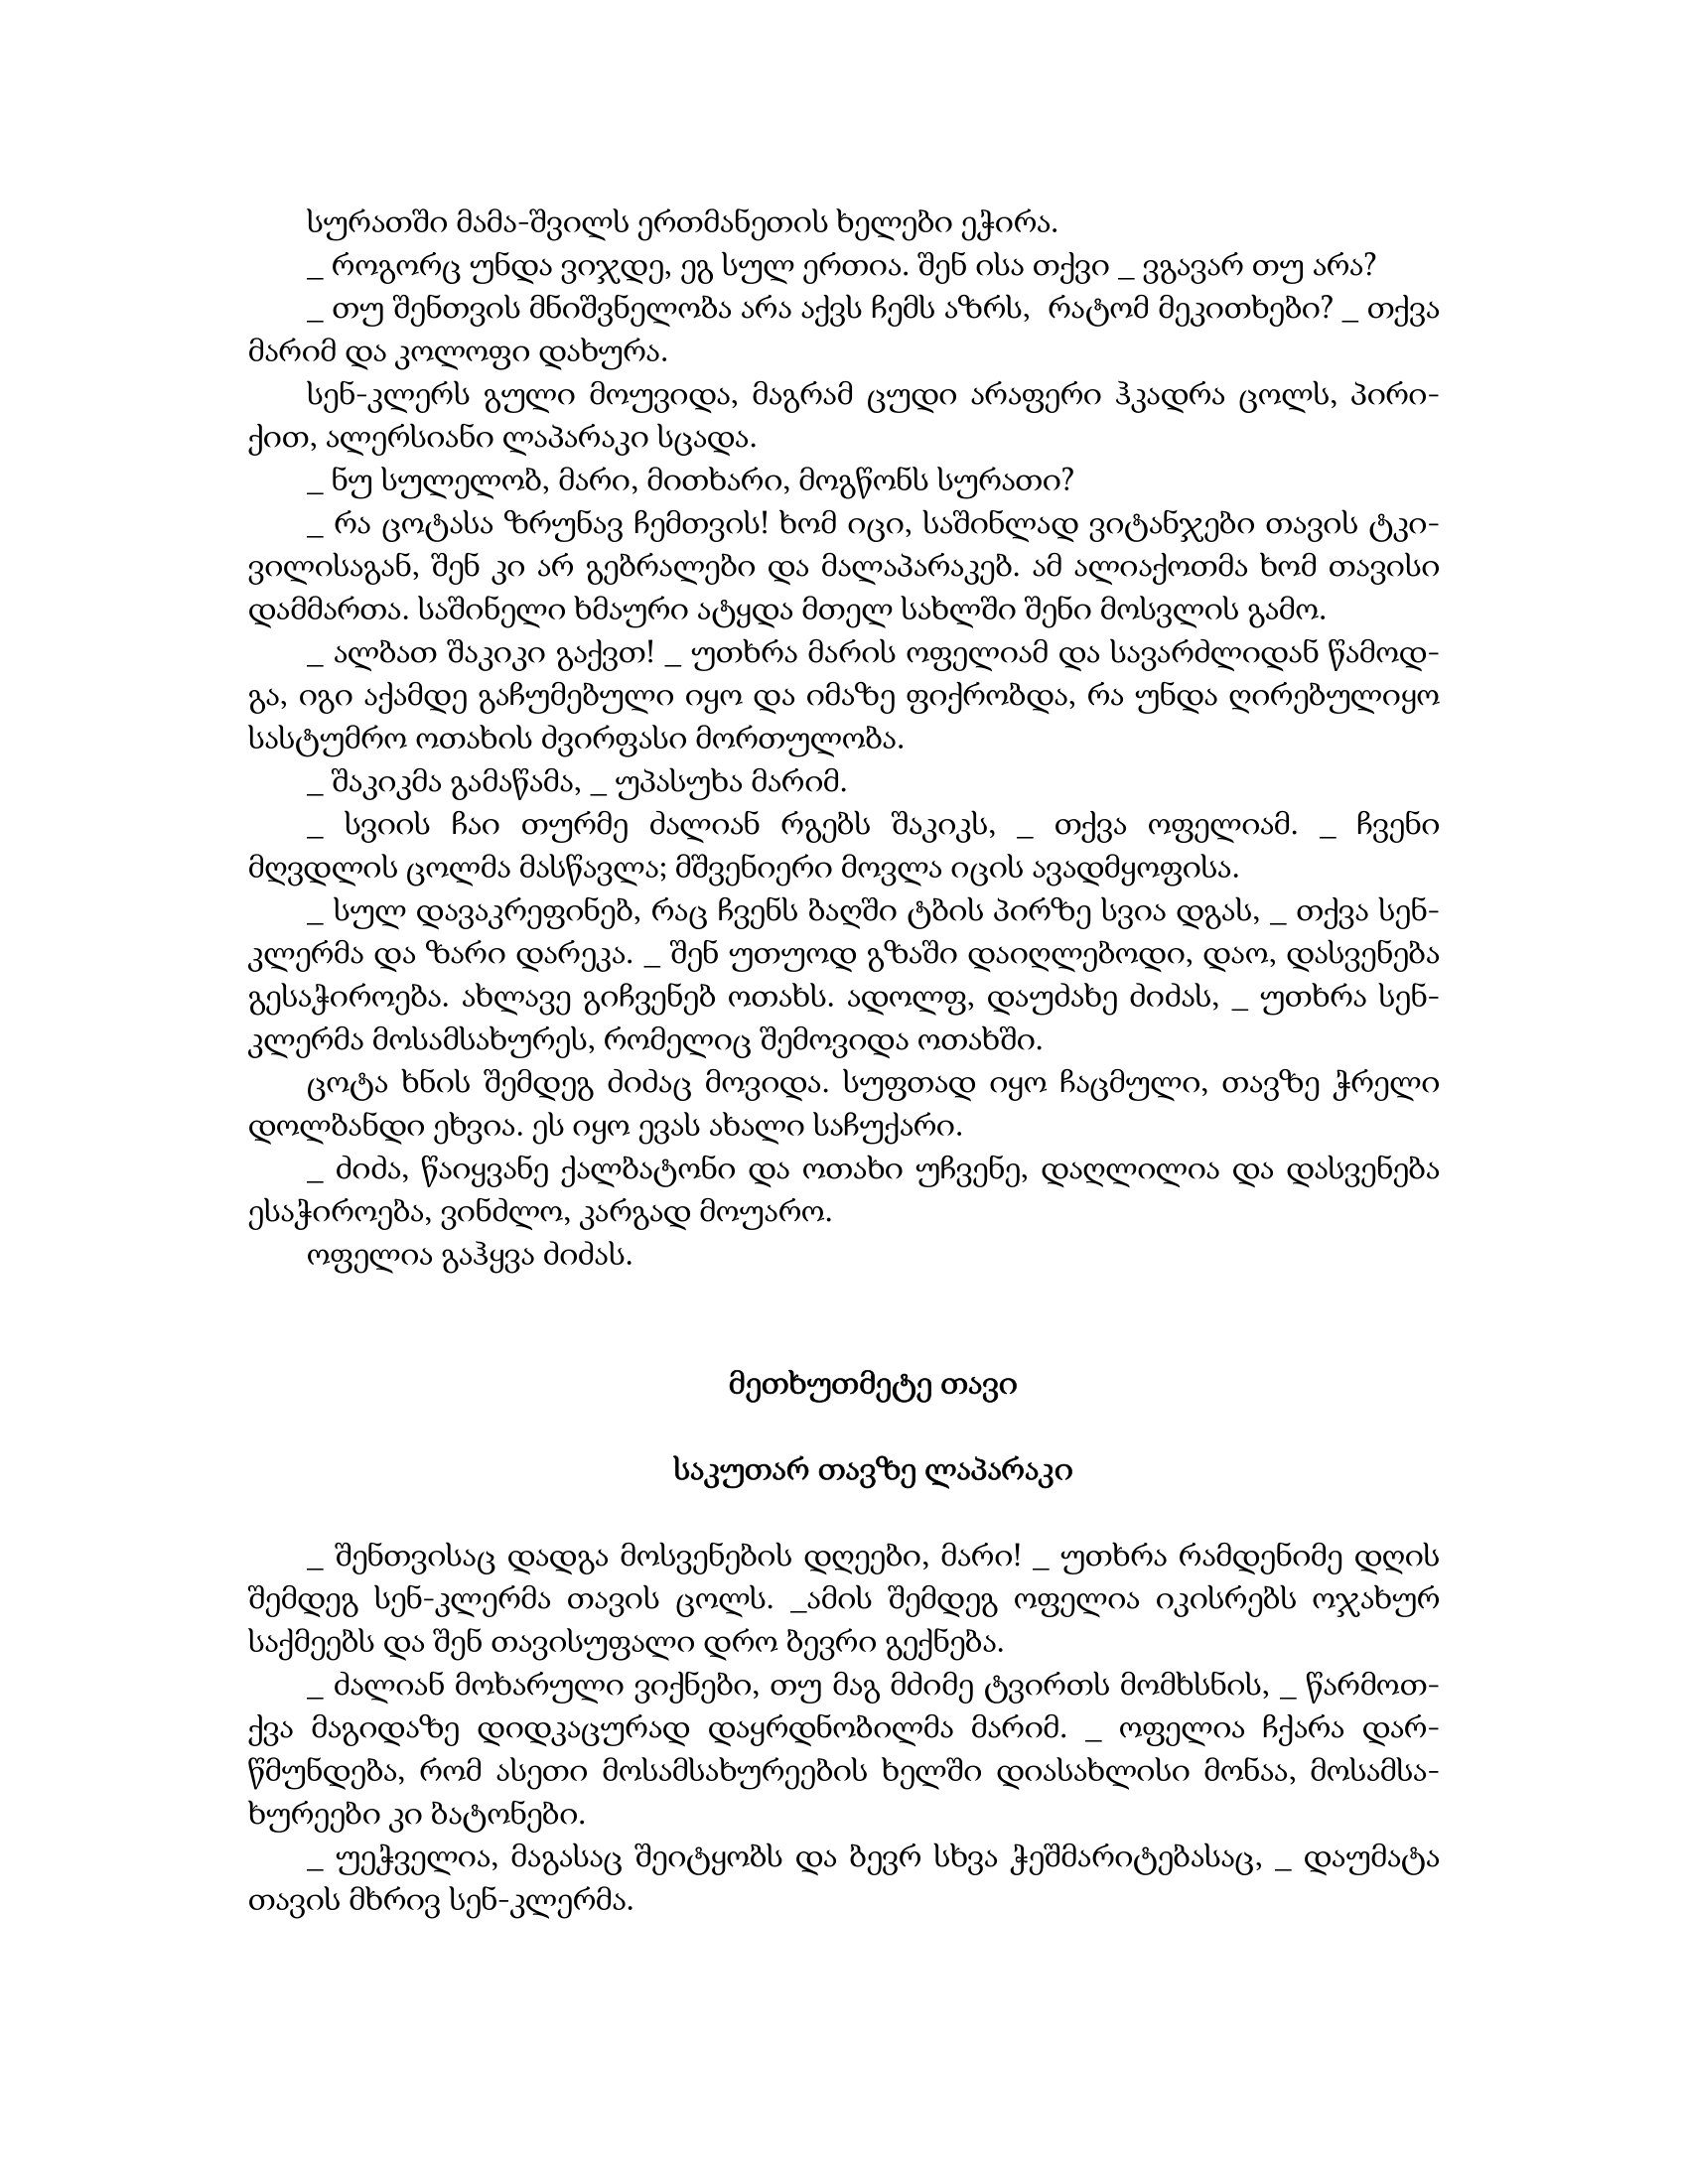
Language: gr